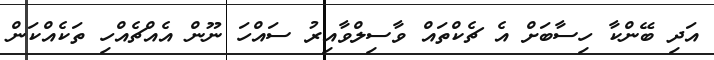
އަދި ބޭންކާ ހިސާބަށް އެ ޗެކްތައް ވާސިލްވާއިރު ސައްހަ ނޫން އެއްޗެއްހި ތަކެއްކަން